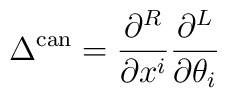
\Delta^{\rm can} = \frac{\partial^R}{\partial x^i}\frac{\partial ^L}{\partial \theta_i}